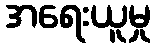
အရေးယူမှု